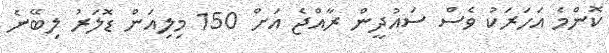
ކޮންމެ އަހަރަކު ވެސް ސައުދީން ރާއްޖެ އަށް 150 މިލިއަން ޑޮލަރު ލިބޭނެ